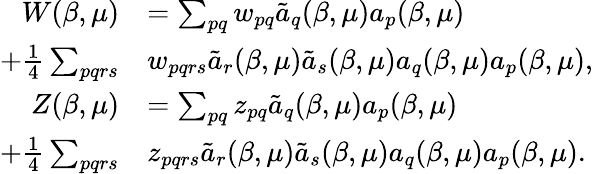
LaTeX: \begin{array}{rl}{W(\beta,\mu)}&{=\sum_{pq}w_{pq}\tilde{a}_{q}(\beta,\mu)a_{p}(\beta,\mu)}\\ {+\frac{1}{4}\sum_{pqrs}}&{w_{pqrs}\tilde{a}_{r}(\beta,\mu)\tilde{a}_{s}(\beta,\mu)a_{q}(\beta,\mu)a_{p}(\beta,\mu),}\\ {Z(\beta,\mu)}&{=\sum_{pq}z_{pq}\tilde{a}_{q}(\beta,\mu)a_{p}(\beta,\mu)}\\ {+\frac{1}{4}\sum_{pqrs}}&{z_{pqrs}\tilde{a}_{r}(\beta,\mu)\tilde{a}_{s}(\beta,\mu)a_{q}(\beta,\mu)a_{p}(\beta,\mu).}\end{array}